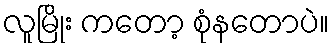
လူမြိုး ကတော့ စုံနတောပဲ။